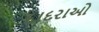
દાદરાઓ